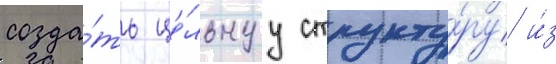
созда́ть це́льнуу структу́ру и́з